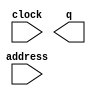
// megafunction wizard: %ROM: 1-PORT%VBB%
// GENERATION: STANDARD
// VERSION: WM1.0
// MODULE: altsyncram 

// ============================================================
// Megafunction Name(s):
// 			altsyncram
//
// Simulation Library Files(s):
// 			altera_mf
// ============================================================
// ************************************************************
// THIS IS A WIZARD-GENERATED FILE. DO NOT EDIT THIS FILE!
//
// 9.1 Build 222 10/21/2009 SJ Full Version
// ************************************************************

//Copyright (C) 1991-2009 Altera Corporation
//Your use of Altera Corporation's design tools, logic functions 
//and other software and tools, and its AMPP partner logic 
//functions, and any output files from any of the foregoing 
//(including device programming or simulation files), and any 
//associated documentation or information are expressly subject 
//to the terms and conditions of the Altera Program License 
//Subscription Agreement, Altera MegaCore Function License 
//Agreement, or other applicable license agreement, including, 
//without limitation, that your use is for the sole purpose of 
//programming logic devices manufactured by Altera and sold by 
//Altera or its authorized distributors.  Please refer to the 
//applicable agreement for further details.

module win_rom (
	address,
	clock,
	q);

	input	[7:0]  address;
	input	  clock;
	output	[255:0]  q;

endmodule

// ============================================================
// CNX file retrieval info
// ============================================================
// Retrieval info: PRIVATE: ADDRESSSTALL_A NUMERIC "0"
// Retrieval info: PRIVATE: AclrAddr NUMERIC "0"
// Retrieval info: PRIVATE: AclrByte NUMERIC "0"
// Retrieval info: PRIVATE: AclrOutput NUMERIC "0"
// Retrieval info: PRIVATE: BYTE_ENABLE NUMERIC "0"
// Retrieval info: PRIVATE: BYTE_SIZE NUMERIC "8"
// Retrieval info: PRIVATE: BlankMemory NUMERIC "0"
// Retrieval info: PRIVATE: CLOCK_ENABLE_INPUT_A NUMERIC "0"
// Retrieval info: PRIVATE: CLOCK_ENABLE_OUTPUT_A NUMERIC "0"
// Retrieval info: PRIVATE: Clken NUMERIC "0"
// Retrieval info: PRIVATE: IMPLEMENT_IN_LES NUMERIC "0"
// Retrieval info: PRIVATE: INIT_FILE_LAYOUT STRING "PORT_A"
// Retrieval info: PRIVATE: INIT_TO_SIM_X NUMERIC "0"
// Retrieval info: PRIVATE: INTENDED_DEVICE_FAMILY STRING "Cyclone II"
// Retrieval info: PRIVATE: JTAG_ENABLED NUMERIC "0"
// Retrieval info: PRIVATE: JTAG_ID STRING "NONE"
// Retrieval info: PRIVATE: MAXIMUM_DEPTH NUMERIC "0"
// Retrieval info: PRIVATE: MIFfilename STRING "win.mif"
// Retrieval info: PRIVATE: NUMWORDS_A NUMERIC "256"
// Retrieval info: PRIVATE: RAM_BLOCK_TYPE NUMERIC "2"
// Retrieval info: PRIVATE: RegAddr NUMERIC "1"
// Retrieval info: PRIVATE: RegOutput NUMERIC "0"
// Retrieval info: PRIVATE: SYNTH_WRAPPER_GEN_POSTFIX STRING "0"
// Retrieval info: PRIVATE: SingleClock NUMERIC "1"
// Retrieval info: PRIVATE: UseDQRAM NUMERIC "0"
// Retrieval info: PRIVATE: WidthAddr NUMERIC "8"
// Retrieval info: PRIVATE: WidthData NUMERIC "256"
// Retrieval info: PRIVATE: rden NUMERIC "0"
// Retrieval info: CONSTANT: CLOCK_ENABLE_INPUT_A STRING "BYPASS"
// Retrieval info: CONSTANT: CLOCK_ENABLE_OUTPUT_A STRING "BYPASS"
// Retrieval info: CONSTANT: INIT_FILE STRING "win.mif"
// Retrieval info: CONSTANT: INTENDED_DEVICE_FAMILY STRING "Cyclone II"
// Retrieval info: CONSTANT: LPM_HINT STRING "ENABLE_RUNTIME_MOD=NO"
// Retrieval info: CONSTANT: LPM_TYPE STRING "altsyncram"
// Retrieval info: CONSTANT: NUMWORDS_A NUMERIC "256"
// Retrieval info: CONSTANT: OPERATION_MODE STRING "ROM"
// Retrieval info: CONSTANT: OUTDATA_ACLR_A STRING "NONE"
// Retrieval info: CONSTANT: OUTDATA_REG_A STRING "UNREGISTERED"
// Retrieval info: CONSTANT: RAM_BLOCK_TYPE STRING "M4K"
// Retrieval info: CONSTANT: WIDTHAD_A NUMERIC "8"
// Retrieval info: CONSTANT: WIDTH_A NUMERIC "256"
// Retrieval info: CONSTANT: WIDTH_BYTEENA_A NUMERIC "1"
// Retrieval info: USED_PORT: address 0 0 8 0 INPUT NODEFVAL address[7..0]
// Retrieval info: USED_PORT: clock 0 0 0 0 INPUT NODEFVAL clock
// Retrieval info: USED_PORT: q 0 0 256 0 OUTPUT NODEFVAL q[255..0]
// Retrieval info: CONNECT: @address_a 0 0 8 0 address 0 0 8 0
// Retrieval info: CONNECT: q 0 0 256 0 @q_a 0 0 256 0
// Retrieval info: CONNECT: @clock0 0 0 0 0 clock 0 0 0 0
// Retrieval info: LIBRARY: altera_mf altera_mf.altera_mf_components.all
// Retrieval info: GEN_FILE: TYPE_NORMAL win_rom.v TRUE
// Retrieval info: GEN_FILE: TYPE_NORMAL win_rom.inc FALSE
// Retrieval info: GEN_FILE: TYPE_NORMAL win_rom.cmp FALSE
// Retrieval info: GEN_FILE: TYPE_NORMAL win_rom.bsf FALSE
// Retrieval info: GEN_FILE: TYPE_NORMAL win_rom_inst.v TRUE
// Retrieval info: GEN_FILE: TYPE_NORMAL win_rom_bb.v TRUE
// Retrieval info: GEN_FILE: TYPE_NORMAL win_rom_waveforms.html TRUE
// Retrieval info: GEN_FILE: TYPE_NORMAL win_rom_wave*.jpg FALSE
// Retrieval info: LIB_FILE: altera_mf